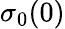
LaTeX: \sigma_{0}(0)